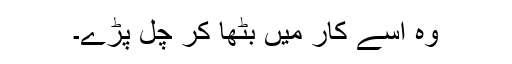
وہ اُسے کار میں بٹھا کر چل پڑے۔